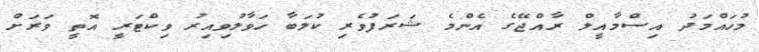
މުހައްމަދު އިސްމާއީލް ރާއްޖޭގެ އެންމެ ޝަރަފުވެރި ކުލަބާ ހަވާލުވިއިރު ވިކްޓަރީ އޮތީ ވަރަށް